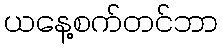
ယနေ့စက်တင်ဘာ